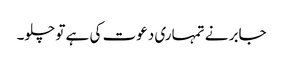
جابر نے تمہاری دعوت کی ہے تو چلو۔